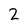
Character: 2